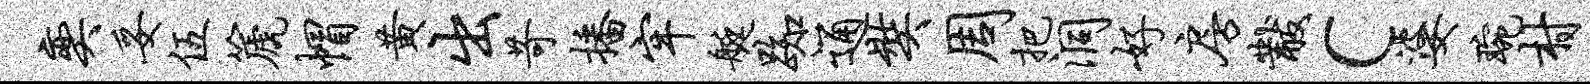
奕妥伍篪帽黄出苛播牢艇踟通奘周把洞好房黻c婆琬村